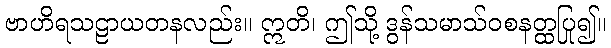
ဗာဟိရသဠာယတနလည်း။ ဣတိ၊ ဤသို့ ဒွန်သမာသ်ဝစနတ္ထပြု၍။